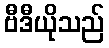
ဗီဒီယိုသည်